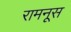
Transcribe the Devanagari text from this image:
रामनूस